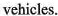
vehicles.